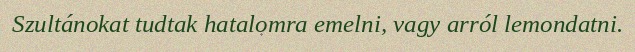
Szultánokat tudtak hatalomra emelni, vagy arról lemondatni.